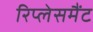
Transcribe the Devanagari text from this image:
रिप्लेसमैंट